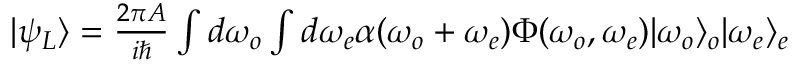
\begin{array} { r } { | \psi _ { L } \rangle = \frac { 2 \pi A } { i \hbar } \int d \omega _ { o } \int d \omega _ { e } \alpha ( \omega _ { o } + \omega _ { e } ) \Phi ( \omega _ { o } , \omega _ { e } ) | \omega _ { o } \rangle _ { o } | \omega _ { e } \rangle _ { e } } \end{array}